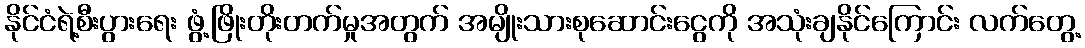
နိုင်ငံရဲ့စီးပွားရေး ဖွံ့ဖြိုးတိုးတက်မှုအတွက် အမျိုးသားစုဆောင်းငွေကို အသုံးချနိုင်ကြောင်း လက်တွေ့